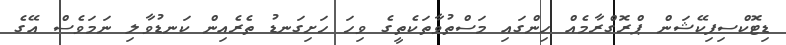
ޑިޓޮކްސިފިކޭޝަން ޕްރޮގްރާމެއް ހިންގައި މަސްތުވާތަކެތީގެ ވިހަ ހަށިގަނޑު ތެރެއިން ކަނޑުވާލި ނަމަވެސް އޭގެ